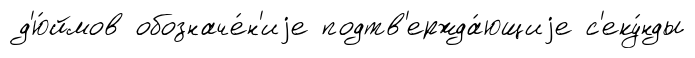
д'ю́ймов обозначе́н'иjе подтв'ержда́ющиjе с'еку́нды